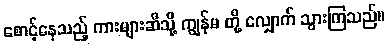
စောင့်နေသည့် ကားများဆီသို့ ကျွန်မ တို့ လျှောက် သွားကြသည်။